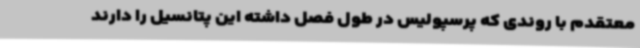
معتقدم با روندی که پرسپولیس در طول فصل داشته این پتانسیل را دارند